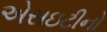
એસઇટીનો